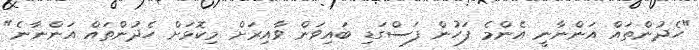
"ހެދުންތައް އަންނާނީ އެންމެ ފަހުން ފަސްގަޑި ބައިވަން ވާއިރަށް މިކޮޅަށް ހެދުންތައް އަންނާނެ"